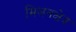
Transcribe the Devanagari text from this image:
मिलनक्षेत्र